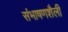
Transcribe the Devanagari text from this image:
संभाषणशैली